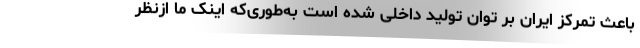
باعث تمرکز ایران بر توان تولید داخلی شده است به‌طوری‌که اینک ما ازنظر